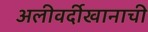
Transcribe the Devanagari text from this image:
अलीवर्दीखानाची